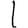
Digit: 1